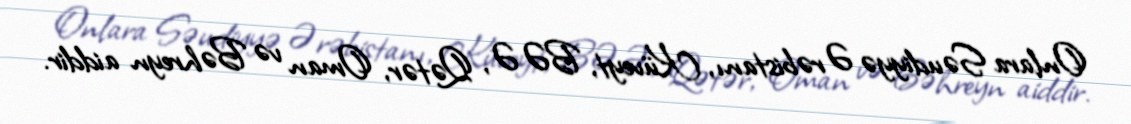
Onlara Səudiyyə Ərəbistanı, Küveyt, BƏƏ, Qətər, Oman və Bəhreyn aiddir.